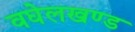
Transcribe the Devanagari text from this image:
वघेलखण्ड